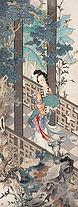
粉黛暗愁金带枕，鸳鸯空绕画罗衣，那堪辜负不思归！